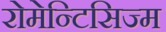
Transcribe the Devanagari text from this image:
रोमेन्टिसिज्म